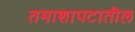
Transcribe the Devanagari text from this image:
तमाशापटातील